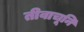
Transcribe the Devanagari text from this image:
तीवाचूनि